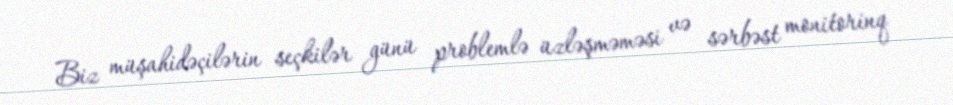
Biz müşahidəçilərin seçkilər günü problemlə üzləşməməsi və sərbəst monitorinq